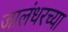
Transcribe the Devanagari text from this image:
जालंधरच्या